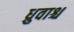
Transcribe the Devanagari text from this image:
ध्रुवाश्च